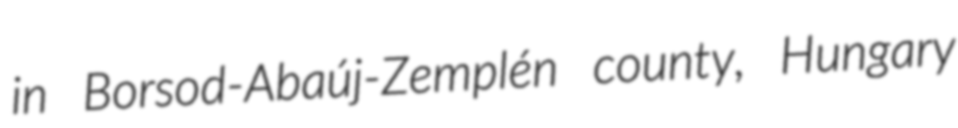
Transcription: in Borsod-Abaúj-Zemplén county, Hungary